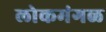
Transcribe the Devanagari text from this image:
लोकमंगळ